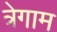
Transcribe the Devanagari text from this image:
त्रेगाम